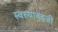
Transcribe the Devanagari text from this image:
स्वरुपानंदजी